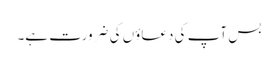
بس آپ کی دعاؤں کی ضرورت ہے۔